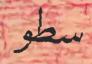
سطو